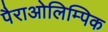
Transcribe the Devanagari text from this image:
पैराओलिम्पिक